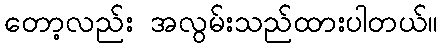
တော့လည်း အလွမ်းသည်ထားပါတယ်။